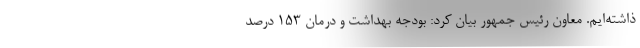
ذاشته‌ایم. معاون رئیس جمهور بیان کرد: بودجه بهداشت و درمان ۱۵۳ درصد